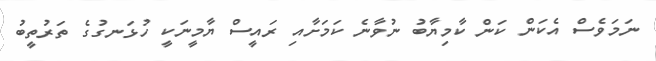
ނަމަވެސް އެކަން ކަން ކާމިޔާބު ނުވާނެ ކަމަށާއި ރައީސް ޔާމީނަކީ ހުޅަނގުގެ ތަރުތީބު